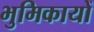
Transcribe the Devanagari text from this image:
भुमिकायों